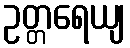
ဥတ္တရေယျ